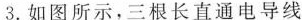
3.如图所示，三根长直通电导线